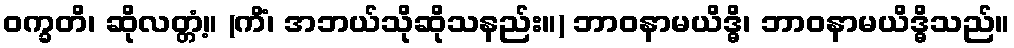
ဝက္ခတိ၊ ဆိုလတ္တံ့။ (ကိံ၊ အဘယ်သိုဆိုသနည်း။) ဘာဝနာမယိဒ္ဓိ၊ ဘာဝနာမယိဒ္ဓိသည်။